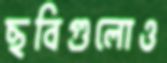
ছবিগুলোও